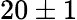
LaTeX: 20\pm 1